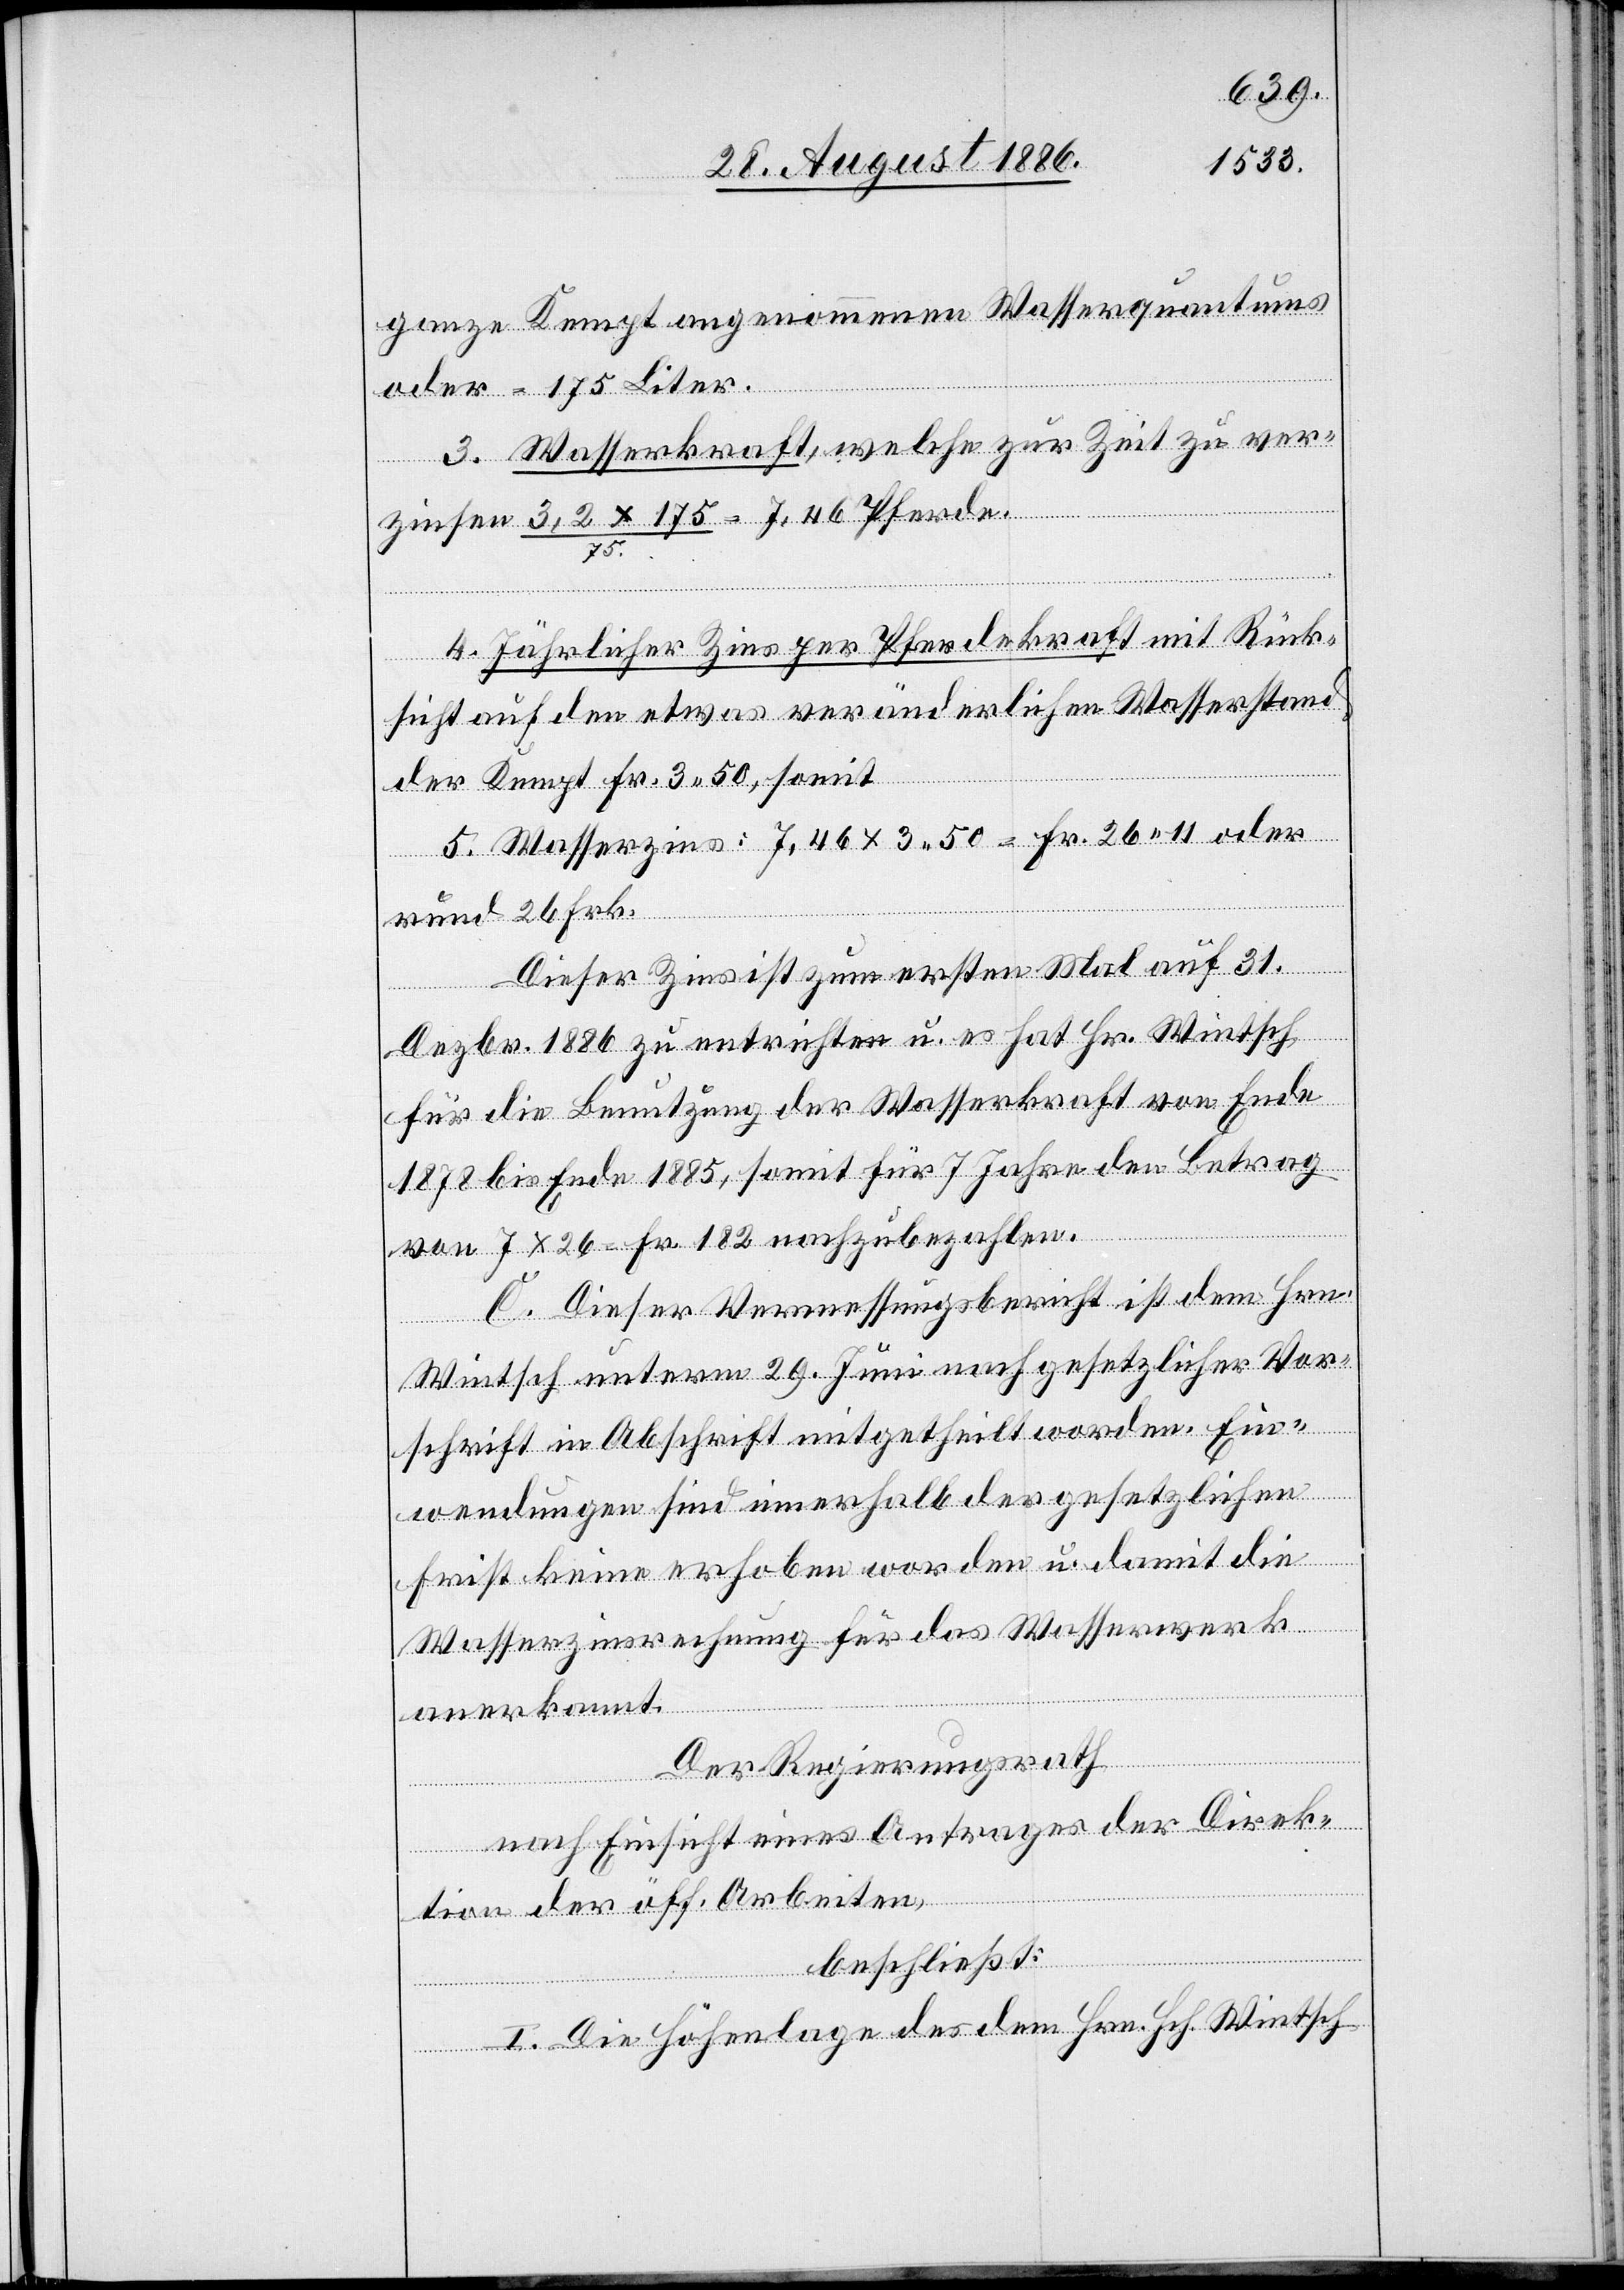
ganze Kempt angenommenen Wasserquantums
oder = 175 Liter.
3. Wasserkraft, welche zur Zeit zu ver¬
zinsen 3,2 x 175 / 75 = 7,46 Pferde.
4. Jährlicher Zins per Pferdekraft mit Rück¬
sicht auf den etwas veränderlichen Wasserstand
der Kempt Fr. 3 50, somit
5. Wasserzins: 7,46 x 3 50 = Fr. 26 11 oder
rund 26 Frk.
Dieser Zins ist zum ersten Mal auf 31.
Dezbr. 1886 zu entrichten u. es hat Hr. Wintsch
für die Benutzung der Wasserkraft von Ende
1878 bis Ende 1885, somit für 7 Jahre den Betrag
von 7 x 26 Fr. = Fr. 182 nachzubezahlen.
C. Dieser Vermessungsbericht ist dem Hrn.
Wintsch unterm 26. Juni nach gesetzlicher Vor¬
schrift in Abschrift mitgetheilt worden. Ein¬
wendungen sind innerhalb der gesetzlichen
Frist keine erhoben worden u. damit die
Wasserzinsrechnung für das Wasserwerk
anerkannt.
Der Regierungsrath,
nach Einsicht eines Antrages der Direk¬
tion der öff. Arbeiten,
beschließt:
I. Die Höhenlage des dem Hrn. Hch. Wintsch